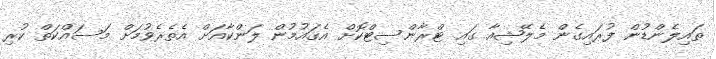
ތައިލެންޑުން ފުރައިގެން މެލޭޝިއާ ގައި ޓްރާންސިޓްކޮށް އެޤައުމުން ލަންކާއަށް އެތެރެވުމަށް މަސައްކަތް ކުރި